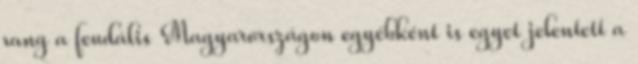
rang a feudális Magyarországon egyébként is egyet jelentett a